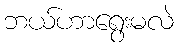
ဘယ်ဟာရွေးမလဲ